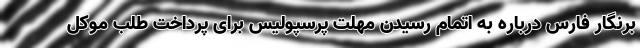
برنگار فارس درباره به اتمام رسیدن مهلت پرسپولیس برای پرداخت طلب موکل